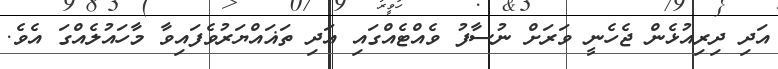
އަދި ދިރިއުޅެން ޖެހެނީ ވަރަށް ނުސާފު ވެއްޓެއްގައި އަދި ތަޣައްޔަރުވެފައިވާ މާހައުލެއްގަ އެވެ.